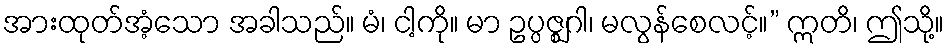
အားထုတ်အံ့သော အခါသည်။ မံ၊ ငါ့ကို။ မာ ဥပ္ပဇ္ဈဂါ၊ မလွန်စေလင့်။” ဣတိ၊ ဤသို့။